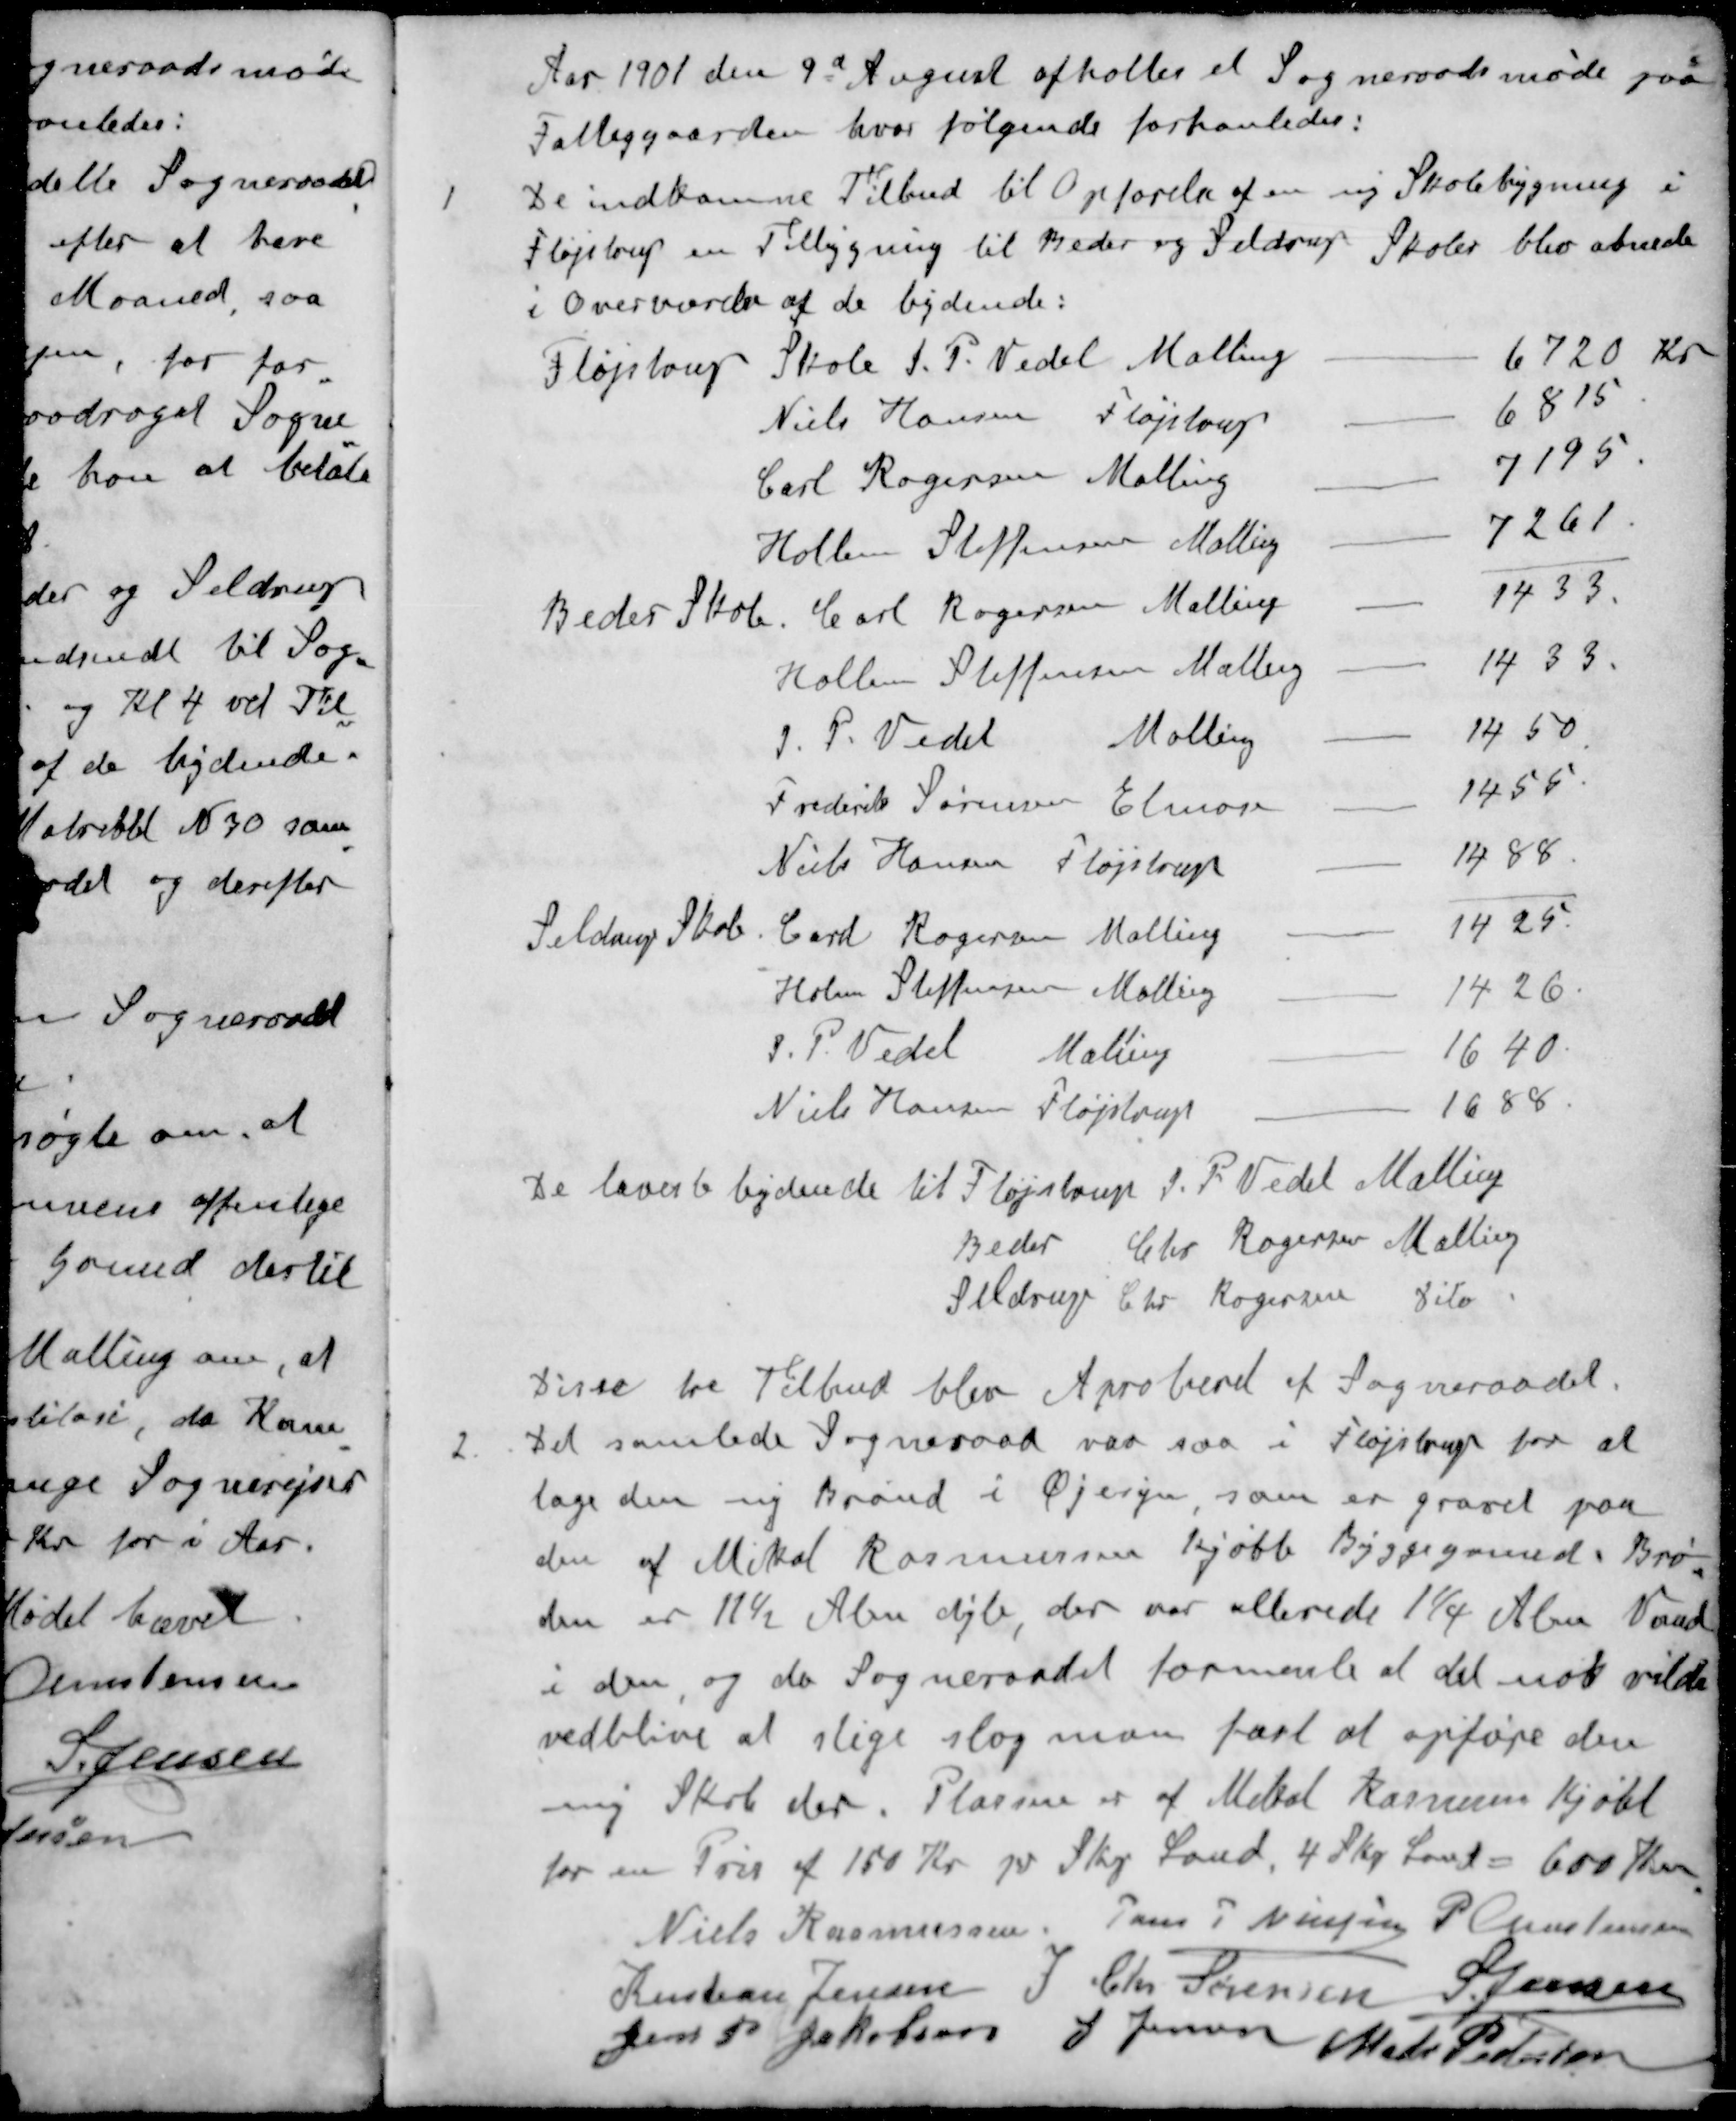
Transskription:
Aar 1901 den 9d August afholtes et Sogneraadsmøde paa
Fattiggaarden hvor følgende forhanledes:
1 De indkomne Tilbud til Opførelse af en ny Skolebygning i
Fløjstrup en Tilbygning til Beder og Seldrup Skoler blev abnede
i Overværelse af de bydende:
Fløjstrup Skole
J. P. Vedel Malling
6720 Kr
Niels Hansen Fløjstrup
6815
Carl Rogersen Malling
7195.
Hollen Steffensen Malling
7261
Beder Skole
Carl Rogersen Malling
1433.
Hollen Steffensen Malling
1433.
J. P. Vedel Malling
1450
Frederik Sørensen Elmose
1455
Niels Hansen Fløjstrup
1488
Seldrup Skole
Carl Rogersen Malling
1425
Holm Steffensen Malling
1426.
J. P. Vedel Malling
1640
Niels Hansen Fløjstrup
1688
De lavest bydende til Fløjstrup J. P. Vedel Malling
Beder Chr. Rogersen Malling
Seldrup Chr. Rogersen Dito
Disse tre Tilbud blev Aproberet af Sogneraadet.
2. Det samlede Sogneraad var saa i Fløjstrup for at
tage den ny Brønd i Øjesyn som er gravet paa
den af Mikal Rasmussen kjøbt Byggegrund. Brø
den er 11½ Alen dyb, der var allerede 11/4 Alen Vand
i den, og da Sogneraadet formente at det nød vilde
vedblive at stige slog man fast at opføre den
ny Skole der. Plassen er af Mikal Rasmussen Kjøbt
for en Pris af 150 Kr pr Skp. Land, 4 Skp. Land = 600 Kr
Niels Rasmussen
Jens P Nielsen
P Christensen
Kristian Jensen
J Chr Sørensen
S. Jensen
Jens P Jakobsen
S Jensen
Mads Pedersen